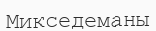
Микседеманы